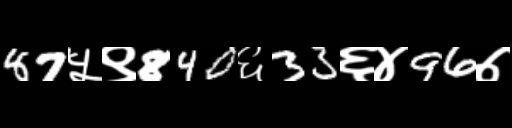
Text: 87५९840६33६४96७